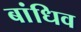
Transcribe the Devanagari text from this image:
बांधिव